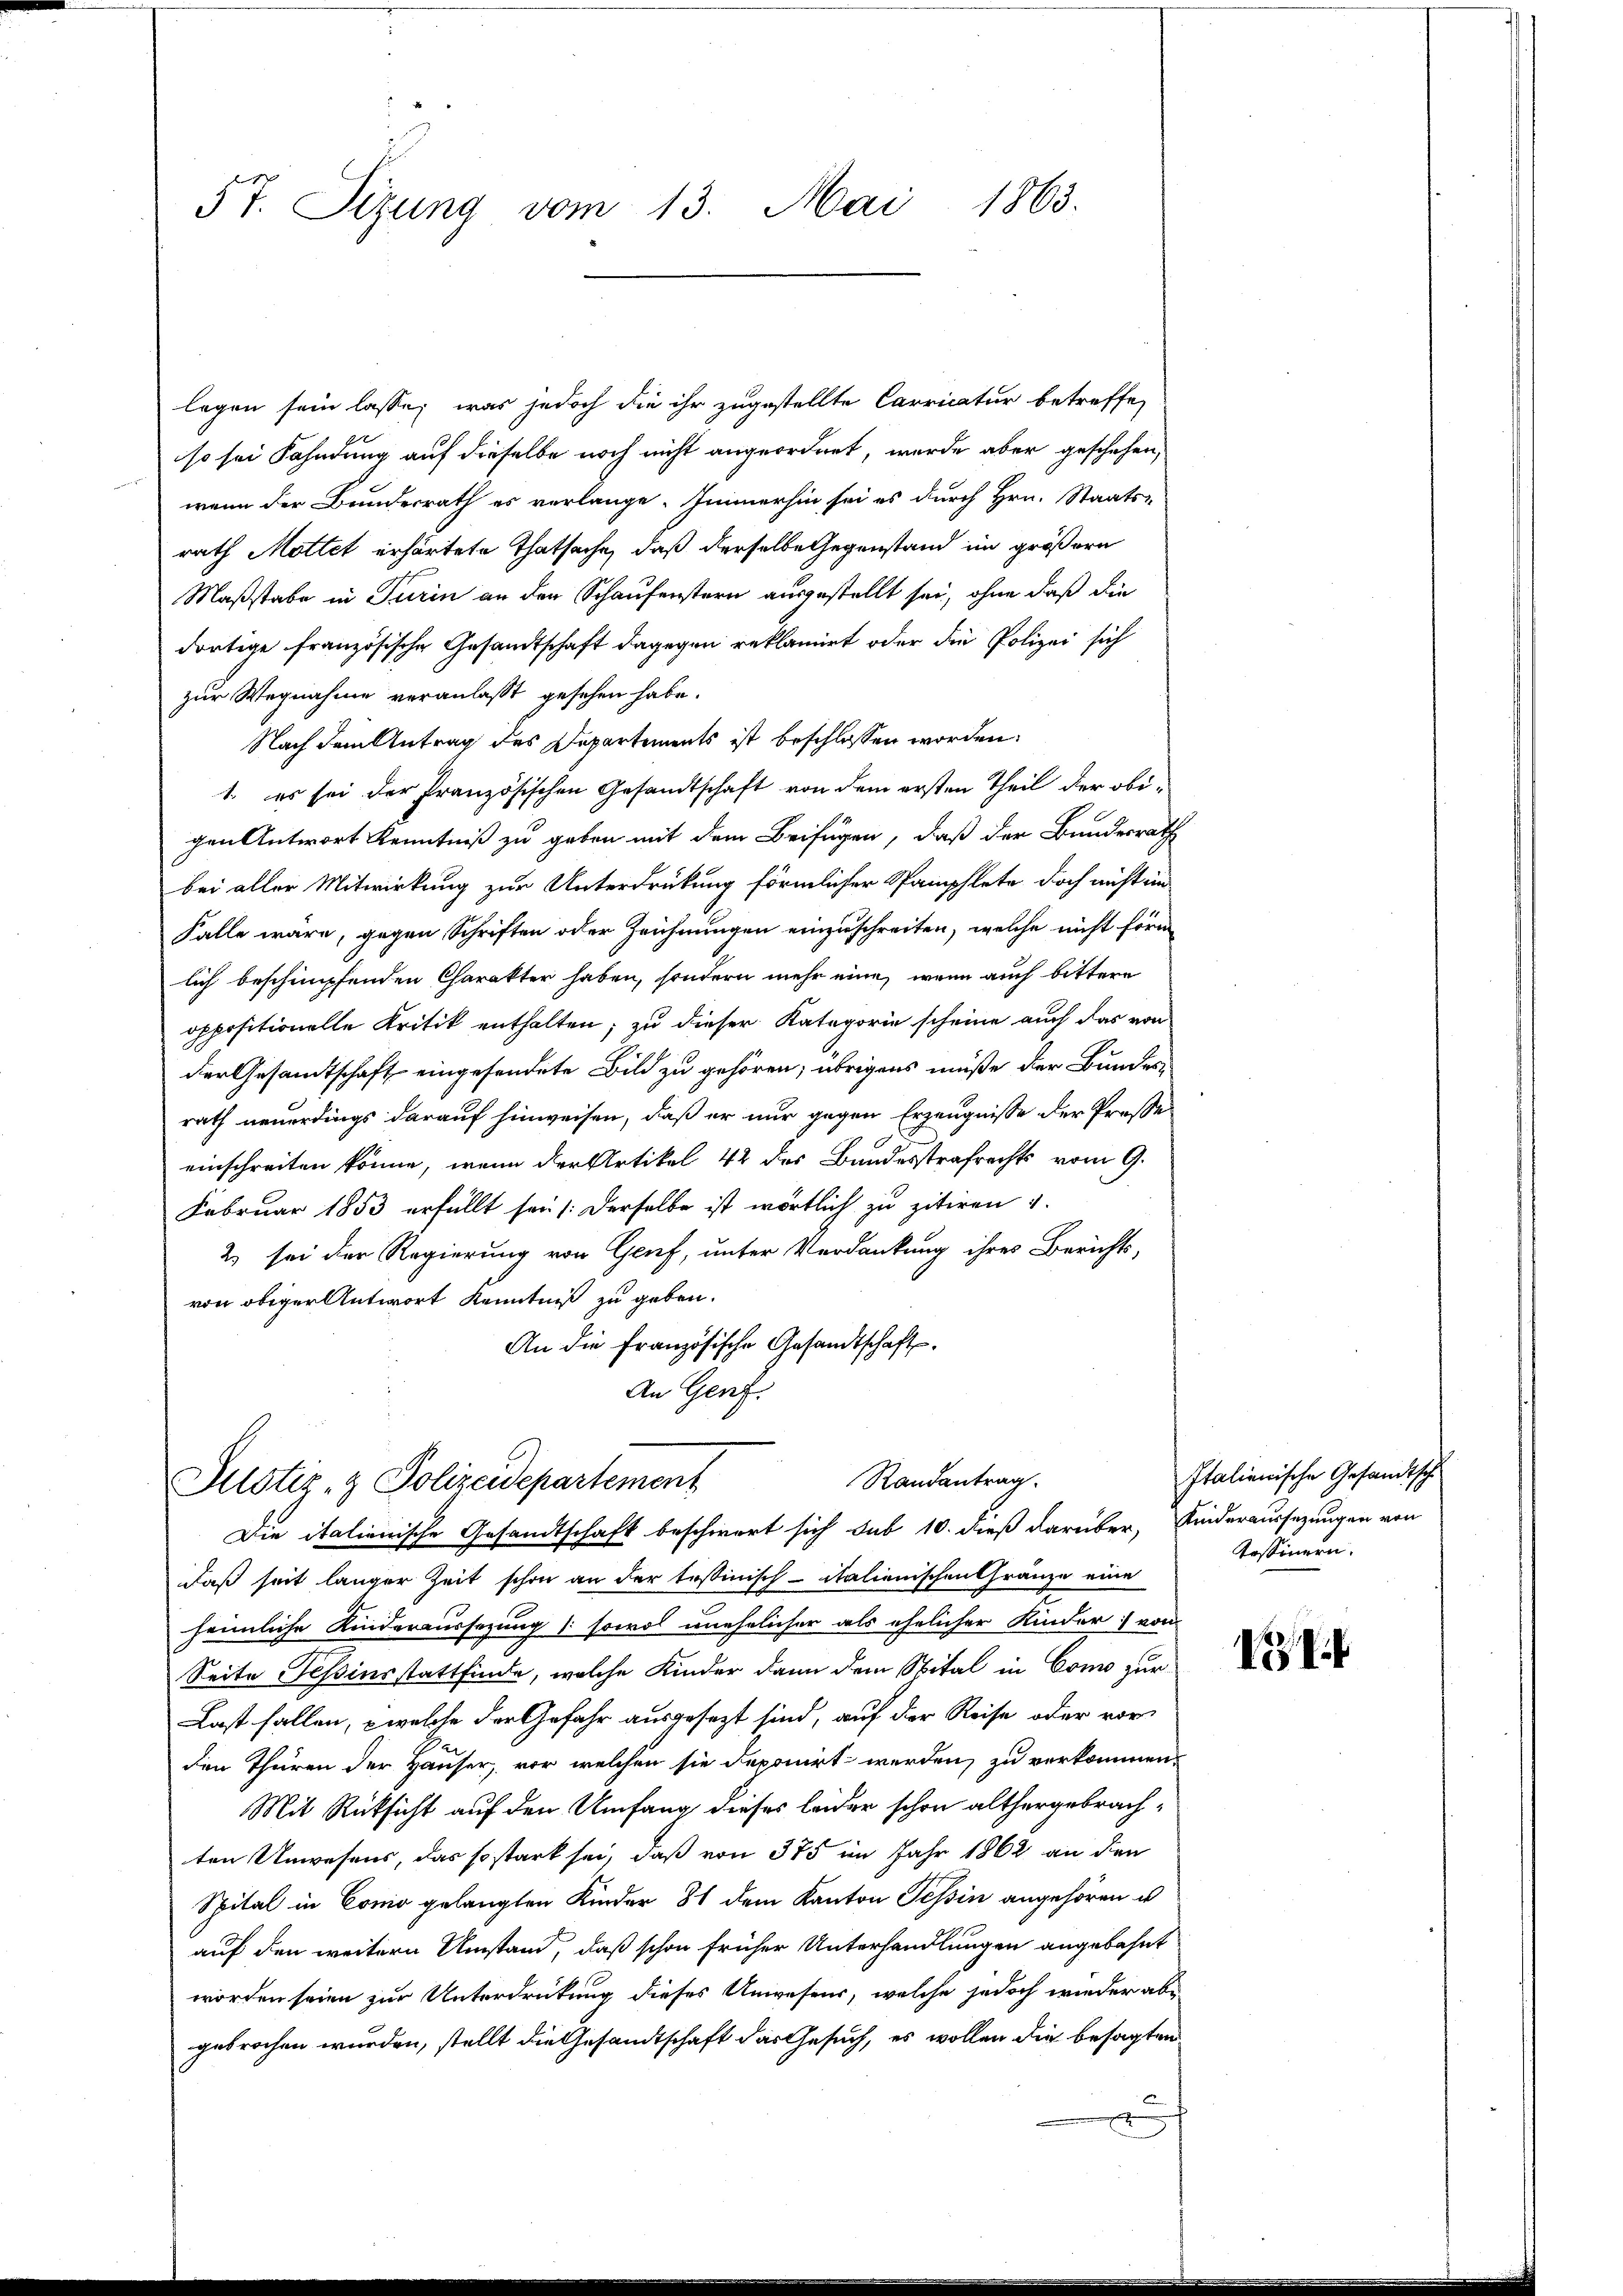
57. Sizung vom 13. Mai 1863.

legen sein lasse, was jedoch die ihr zugestellte Carricatur betreffe,
so sei Fahndung auf dieselbe noch nicht angeordnet, wurde aber geschehen,
wenn der Bundesrath es verlange. Immerhin sei es durch Hrn. Staats-
rath Mottet erhärtete Thatsache, daß derselbe Gegenstand im größern
Maßstabe in Turin an der Schaufenstern ausgestellt sei, ohne daß die
dortige französische Gesandtschaft dagegen reklamirt oder die Polizei sich
zur Wegnahme veranlasst gesehen habe.
Nach dem Antrag des Departements ist beschlossen worden.
1. es sei der Französischen Gesandtschaft von dem ersten Theil der obigen Antwort Kenntniß zu geben mit dem Beifügen, daß der Bundesrath
bei aller Mitwirkung zur Unterdrückung förmlicher Stamphlete doch nicht in
Falle wäre, gegen Schriften oder Zeichnungen einzuschreiten, welche nicht förm
lich beschimpfenden Charakter haben, sondern mehr eine, wenn auch bittere
oppositionelle Kritik enthalten; zu dieser Kategorie scheine auch das von
der Gesandtschaft eingesendete Bild zu gehören; übrigens müße der Bundes-
rath neuerdings darauf hinweisen, daß er nur gegen Erzeugnisse der Prose
E
einschreiten könne, wenn der Artikel 42 des Bundesstrafrechts vom 9.
Februar 1853 erfüllt sein /: derselbe ist wörtlich zu zitiren
2 sei der Regierung von Genf, unter Verdankung ihres Berichts-
von obiger Antwort Kenntniß zu geben.
An die Französische Gesandtschaft
An Genf.

Randantrag.
Justiz- & Polizeidepartement
Die italienische Gesandtschaft beschwert sich sub 10. dieß darüber, Kinderaussezungen von

daß seit langer Zeit schon an der testinisch-italienischen Gränze eine
heimliche Kinderaussezung (sowol unehelicher als ehelicher Kinder: von
Seite Tessinsstattfinde, welche Kinder dann dem Spital in Conn zur
Last fallen, welche der Gefahr ausgesezt sind, auf der Reise oder vorden Thüren der Hauser, vor welchen sie deponirt werden, zu verkommen,
Mit Rücksicht auf den Umfang dieses leider schon althergebrachten Unwesens, das so stark sei, daß von 375 im Jahr 1862 an den
Spital in Conio gelangten Kinder 31 dem Kanton Tessin angehören u.
auf den weitern Umstand, daß schon früher Unterhandlungen angebahnt
worden seien zur Unterdrückung dieses Unwesens, welche jedoch wieder abe
gebrochen wurden, stellt die Gesandtschaft das Gesuch, es wollen die besagten

Italienische Gesandtsch
Aossinern.

1